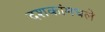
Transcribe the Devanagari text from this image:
दशकांमधले